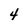
Character: 4